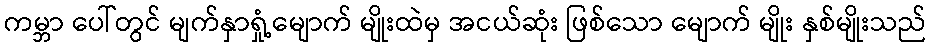
ကမ္ဘာ ပေါ်တွင် မျက်နှာရှုံ့မျောက် မျိုးထဲမှ အငယ်ဆုံး ဖြစ်သော မျောက် မျိုး နှစ်မျိုးသည်